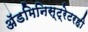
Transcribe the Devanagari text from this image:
अॅडमिनिस्ट्रेटरही